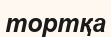
тортқа